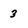
Character: 3